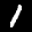
Label: 1